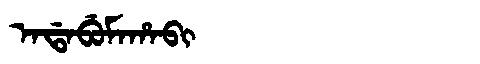
Manchu: ᠠᡩᠠᠪᡠᠮᠠᡥᠠᠪᡳ
Romanization: ADABUMAHABI